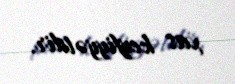
xas keyfiyyətdir.